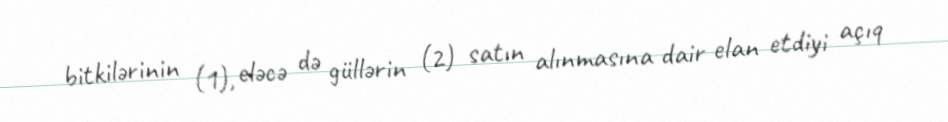
bitkilərinin (1), eləcə də güllərin (2) satın alınmasına dair elan etdiyi açıq